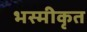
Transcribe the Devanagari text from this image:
भस्मीकृत